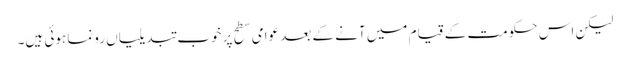
لیکن اس حکومت کے قیام میں آنے کے بعد عوامی سطح پر خوب تبدیلیاں رونما ہوئی ہیں۔